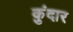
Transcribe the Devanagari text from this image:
कुंदार